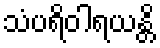
သံပရိဝါရယန္တိ